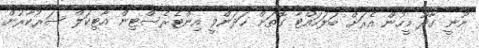
ނޫނީ ގާދޫ މީހުން އެރަށް ބަލަހައްޓާ ގޮތަށް ހަދަންވީ އިންޓެރެސްޓިން އާޓިކަލް ސަރުކާރުން